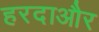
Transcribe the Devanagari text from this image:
हरदाऔर